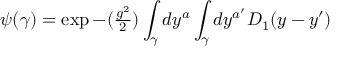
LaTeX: \psi ( \gamma ) = \exp { - ( { \textstyle { \frac { g ^ { 2 } } { 2 } } } ) \int _ { \gamma } d y ^ { a } \int _ { \gamma } d y ^ { a ^ { \prime } } D _ { 1 } ( y - y ^ { \prime } ) }